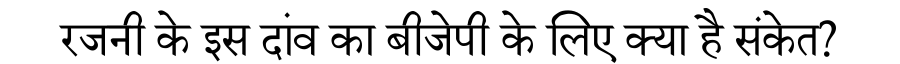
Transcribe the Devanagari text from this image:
रजनी के इस दांव का बीजेपी के लिए क्या है संकेत?